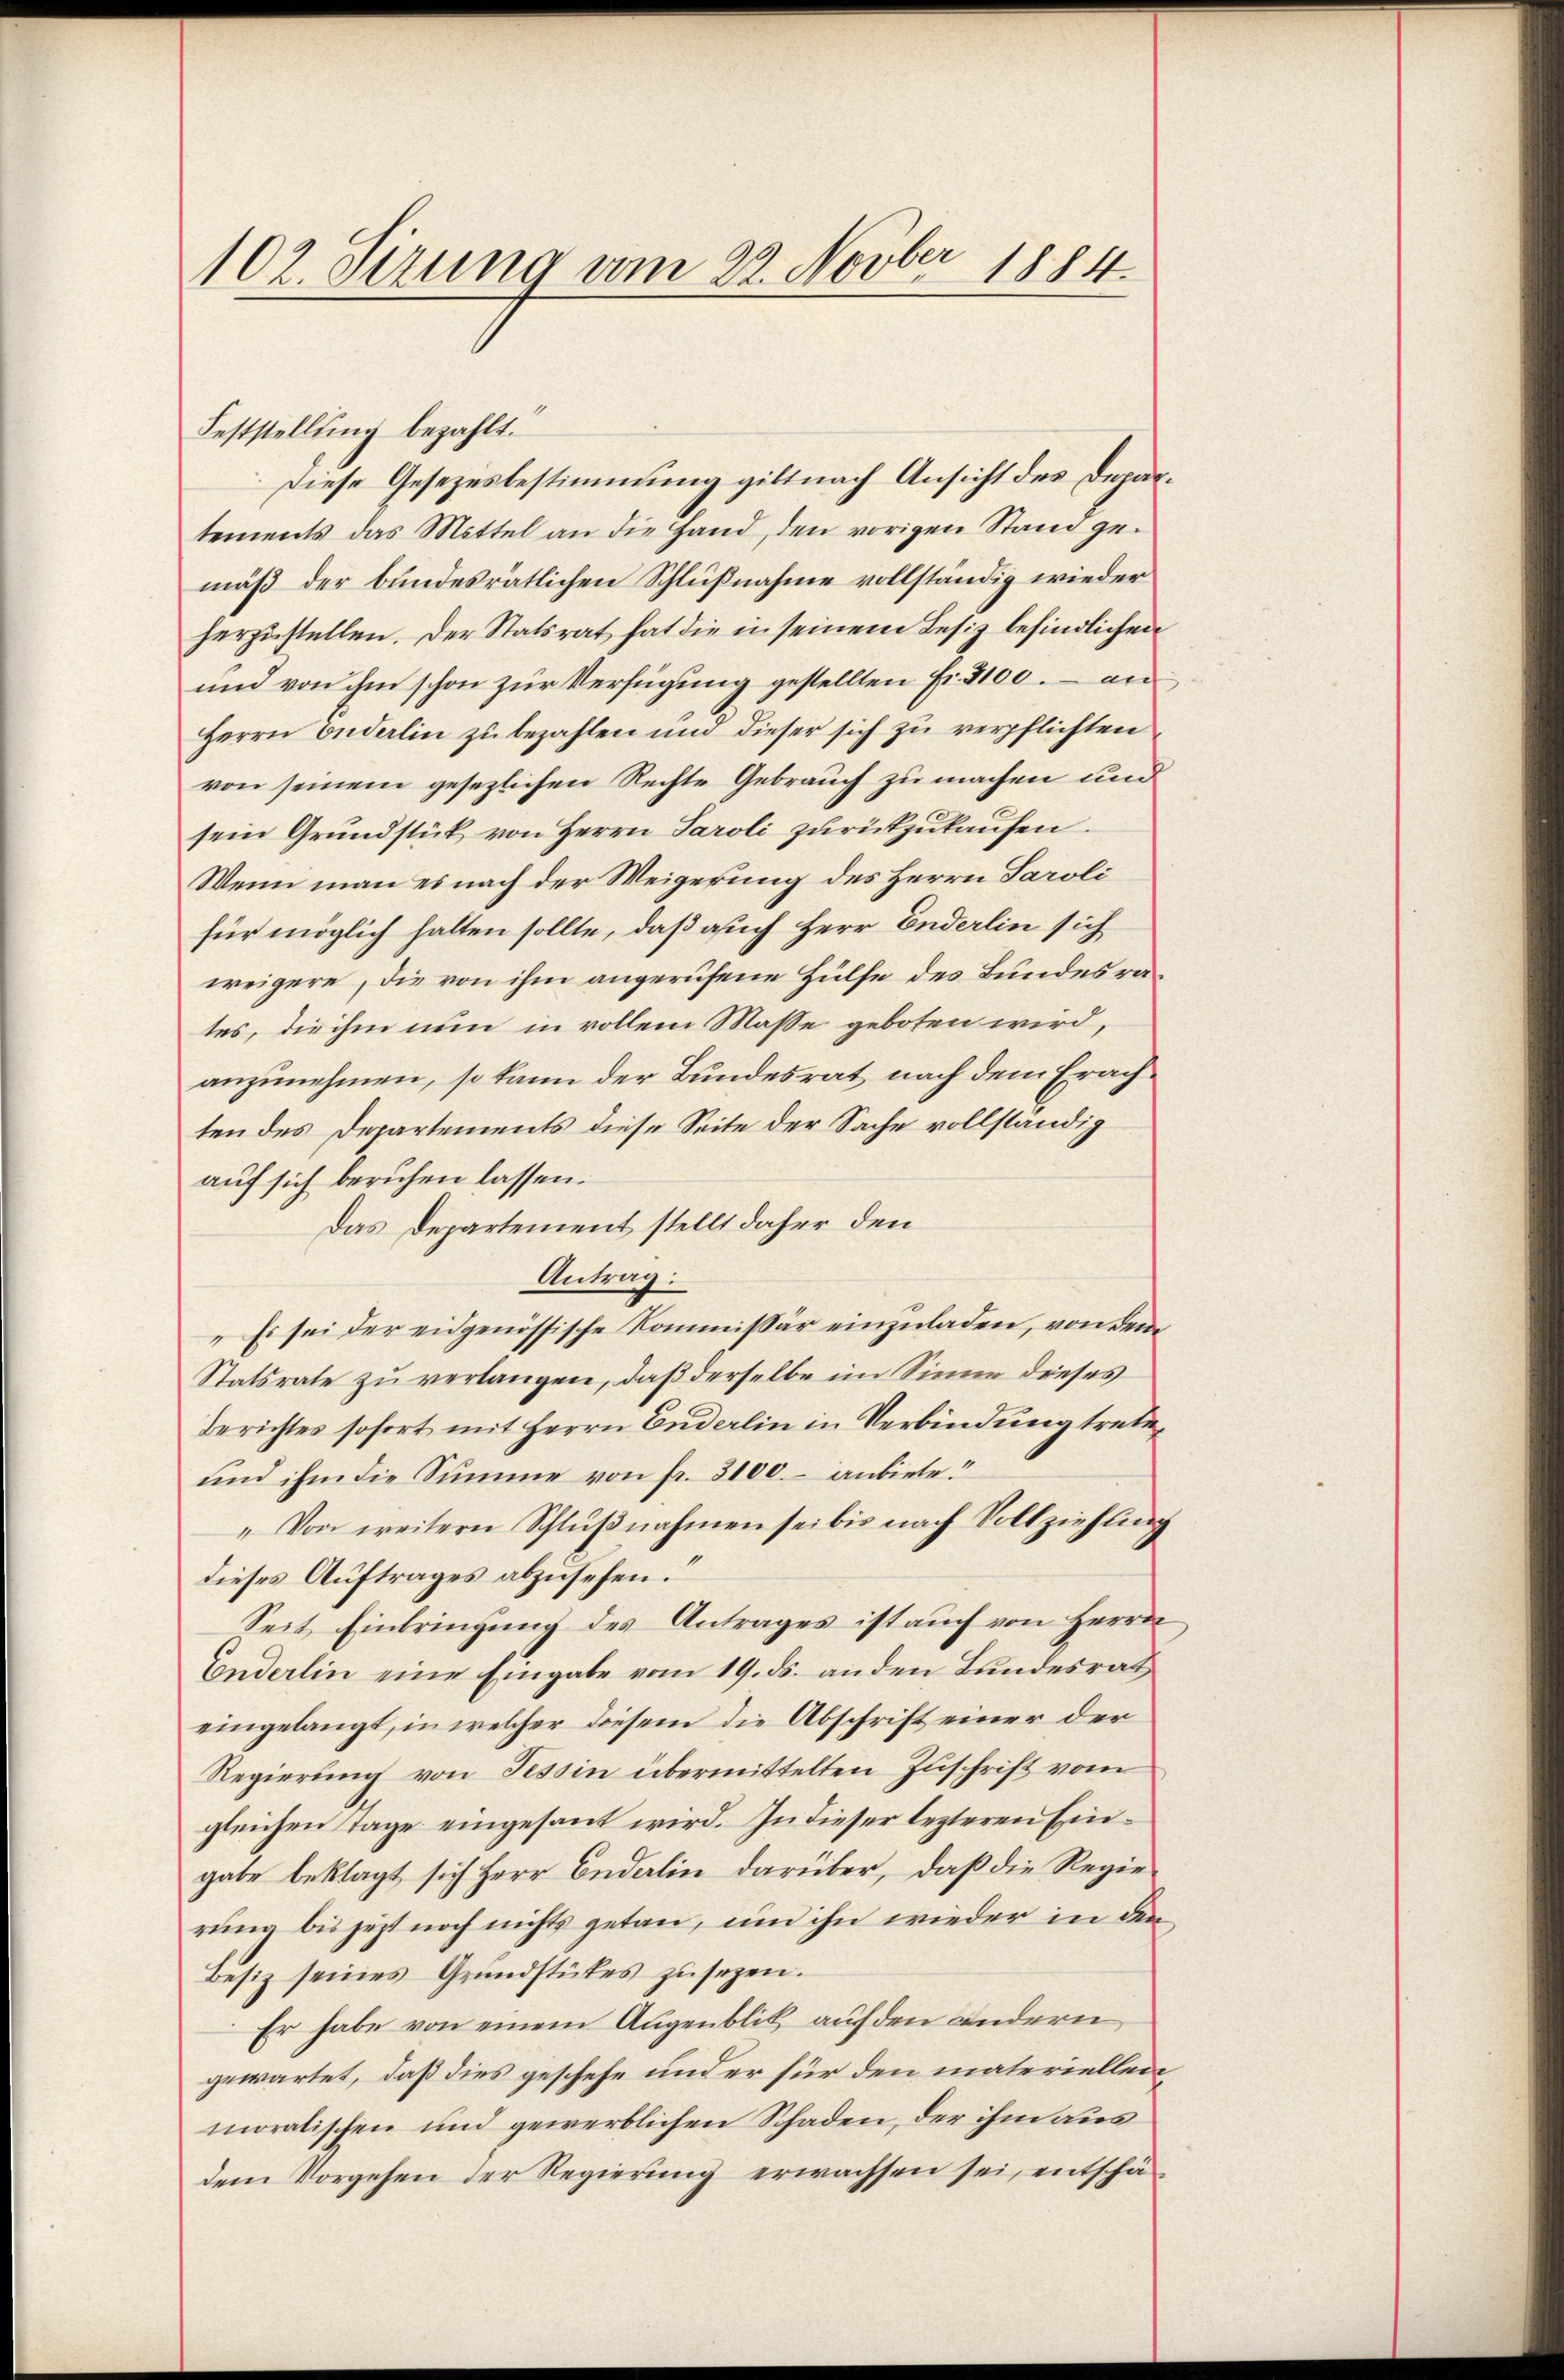
102. Sirung vom 22. Novber 1884.

Feststellung bezahlt.
Diese Gesetzesbestimmung gilt nach Ansicht des Depar
tements das Mittel an die Hand, den vorigen Stand gemäß der bundesrätlichen Schlußnahme vollständig wieder
herzustellen. Der Statsrat hat die in seinem Besiz befindlichen
und von ihm schon zur Verfügung gestellten Fr. 2100. an¬
Herrn Inderlin zu bezahlen und dieser sich zu verpflichten
von seinem gesezlichen Rechte Gebrauch zu machen und
sein Grundstück von Herrn Paroli zurückzukaufen.
Wenn man es nach der Weigerung des Herrn Saroli
für möglich halten sollte, daß auch Herr Enderlin sich
weigere, die von ihm angerufene Hülfe des Bundesrates, die ihm nun in vollem Masse geboten wird,
anzunehmen, so kann der Bundesrat nach dem Erachten des Departements diese Seite der Sache vollständig
auf sich beruhen lassen.
Das Departement stellt daher den
Antrag:
„Es sei der eidgenössische Kommissär einzuladen, von dem
Statsrate zu verlangen, daß derselbe im Sinne dieses
Berichtes sofort mit Herrn Enderlin in Verbindung trete¬
und ihm die Summe von fr. 3100. anbiete.
„Von weitern Schlußnahmen sei bis nach Vollziehung
dieses Auftrages abzusehen.
Seit Einbringung des Antrages ist auch von Herrn
Enderlin eine Eingabe vom 19. ds. anden Bundesrat
eingelangt, in welcher diesem die Abschrift einer der
Regierung von Tessin übermittelten Zuschrift vom
gleichen Tage eingesant wird. In dieser lezteren Eingabe beklagt sich Herr Anderlin darüber, daß die Regierung bis jetzt noch nichts getan, und ihn wieder in den
Besiz seines Grundstückes zŭsezen.
Er habe von einem Augenblik auf den andern
gewartet, daß dies geschehe und er für den materiellen
moralischen und gewerblichen Schaden, der ihm aus
dem Vorgehen der Regierung erwachsen sei, entschä¬